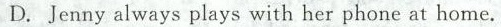
D. Jenny always plays with her phone at home.